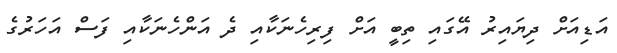
އަޑިއަށް ދިޔައިރު އޭގައި ތިބީ އަށް ފިރިހެނަކާއި ދެ އަންހެނަކާއި ފަސް އަހަރުގެ